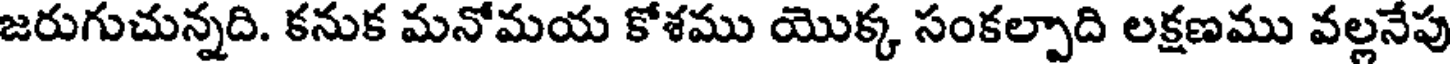
జరుగుచున్నది. కనుక మనోమయ కోశము యొక్క సంకల్పాది లక్షణము వల్లనేపు